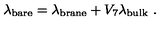
\lambda _ { \mathrm { b a r e } } = \lambda _ { \mathrm { b r a n e } } + V _ { 7 } \lambda _ { \mathrm { b u l k } } \ .